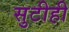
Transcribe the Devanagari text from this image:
सुटीही